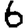
Digit: 6